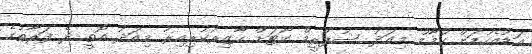
އަޑުއެހުމަށް ހުމާމް މިއަދު ސުޕްރީމް ކޯޓަށް ހާޒިރުކުރިއިރު މިއަދު އޮތީ ދެ ފަރާތުގެ